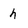
Character: h